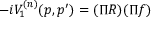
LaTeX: - i V _ { 1 } ^ { ( n ) } ( p , p ^ { \prime } ) = ( \Pi R ) ( \Pi f )